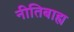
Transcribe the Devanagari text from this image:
नीतिबाह्य